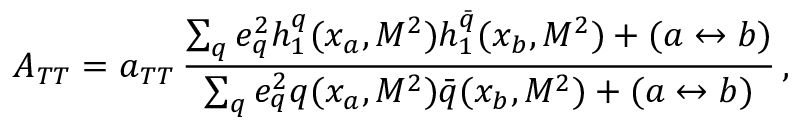
A _ { T T } = a _ { T T } \, \frac { \sum _ { q } e _ { q } ^ { 2 } h _ { 1 } ^ { q } ( x _ { a } , M ^ { 2 } ) h _ { 1 } ^ { \bar { q } } ( x _ { b } , M ^ { 2 } ) + ( a \leftrightarrow b ) } { \sum _ { q } e _ { q } ^ { 2 } q ( x _ { a } , M ^ { 2 } ) \bar { q } ( x _ { b } , M ^ { 2 } ) + ( a \leftrightarrow b ) } \, ,